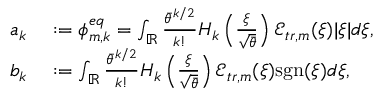
\begin{array} { r l } { a _ { k } } & { { } : = \phi _ { m , k } ^ { e q } = \int _ { \mathbb { R } } \frac { \bar { \theta } ^ { k / 2 } } { k ! } H _ { k } \left( \frac { \xi } { \sqrt { \bar { \theta } } } \right) \mathcal { E } _ { t r , m } ( \xi ) | \xi | d \xi , } \\ { b _ { k } } & { { } : = \int _ { \mathbb { R } } \frac { \bar { \theta } ^ { k / 2 } } { k ! } H _ { k } \left( \frac { \xi } { \sqrt { \bar { \theta } } } \right) \mathcal { E } _ { t r , m } ( \xi ) \mathrm { s g n } ( \xi ) d \xi , } \end{array}